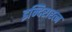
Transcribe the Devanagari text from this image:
इन्दिरारत्न